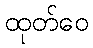
ထုတ်ဝေ